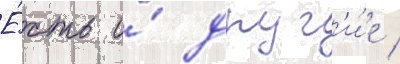
Е́сть и́ друг'и́е /